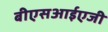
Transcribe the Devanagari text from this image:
बीएसआईएजी